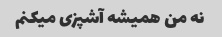
نه من همیشه آشپزی میکنم